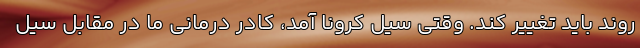
روند باید تغییر کند. وقتی سیل کرونا آمد، کادر درمانی ما در مقابل سیل